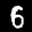
Label: 6